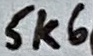
Text: 5k6